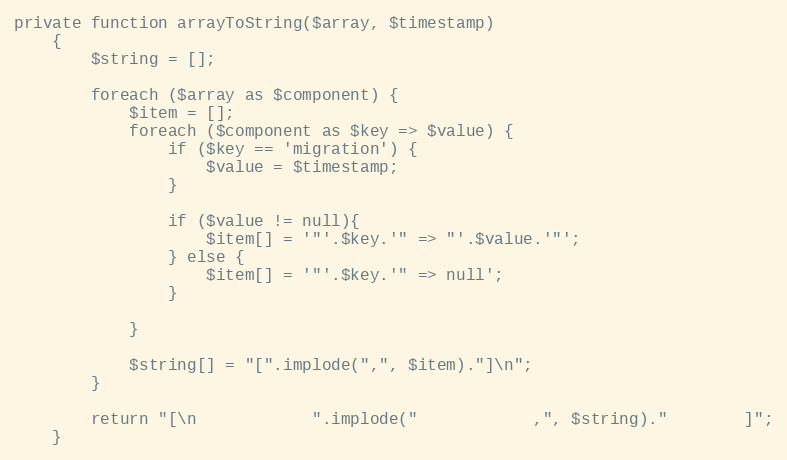
Language: PHP
private function arrayToString($array, $timestamp)
    {
        $string = [];

        foreach ($array as $component) {
            $item = [];
            foreach ($component as $key => $value) {
                if ($key == 'migration') {
                    $value = $timestamp;
                }

                if ($value != null){
                    $item[] = '"'.$key.'" => "'.$value.'"';
                } else {
                    $item[] = '"'.$key.'" => null';
                }

            }

            $string[] = "[".implode(",", $item)."]\n";
        }

        return "[\n            ".implode("            ,", $string)."        ]";
    }